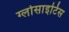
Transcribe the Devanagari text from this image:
ग्लोसाइटिस